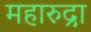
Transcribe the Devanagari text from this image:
महारुद्रा